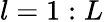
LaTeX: l=1:L